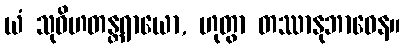
ယံ သုဝိဟတန္တရာယော, ဟုတွာ တဿာနုဘာဝေန။